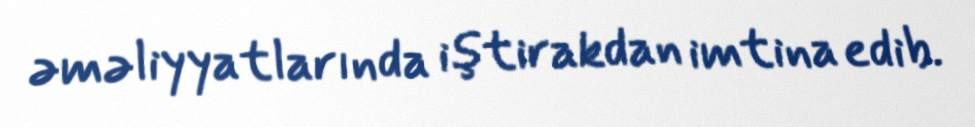
əməliyyatlarında iştirakdan imtina edib.